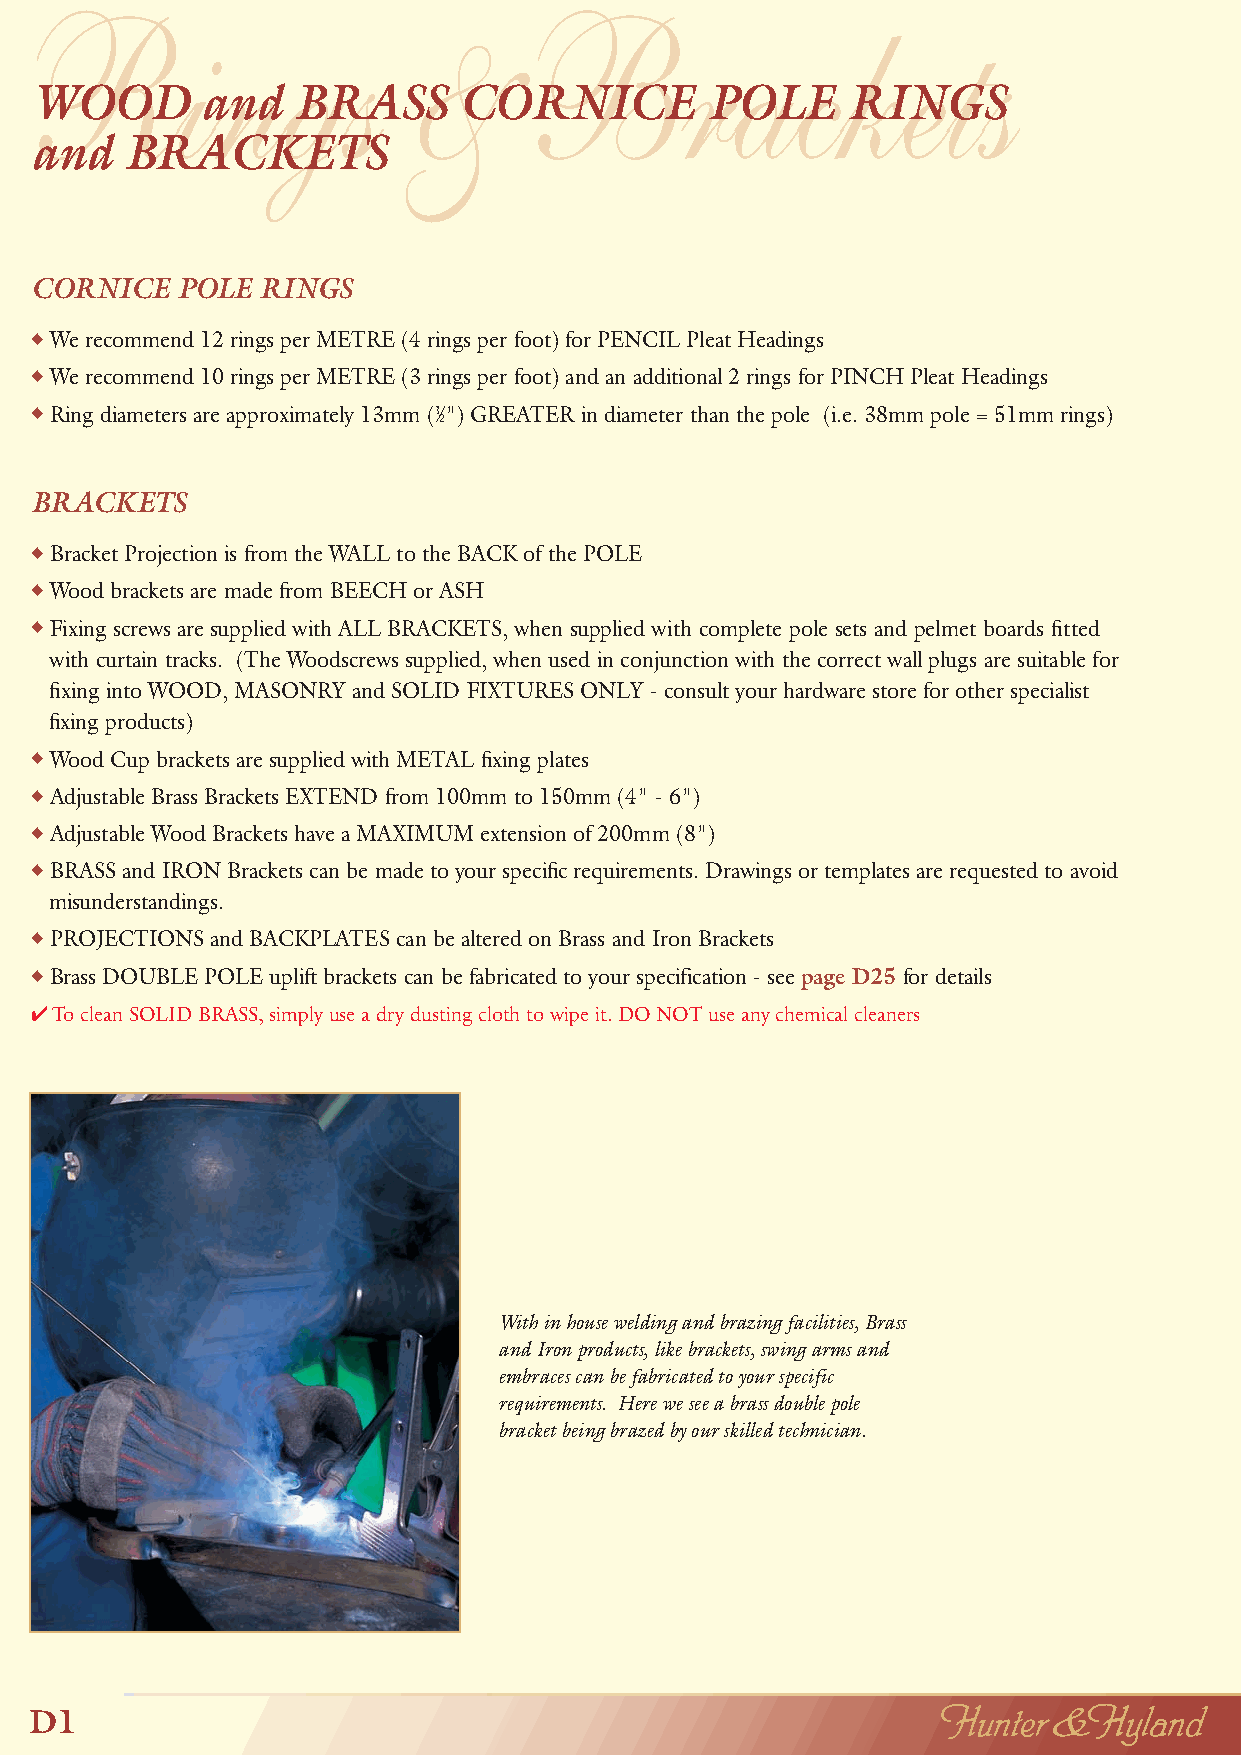
Rings                    &       Brackets
 WOOD       and    BRASS     CORNICE          POLE     RINGS
 and   BRACKETS
 CORNICE   POLE RINGS
 ◆We recommend 12 rings per METRE (4 rings per foot) for PENCIL Pleat Headings
 ◆We recommend 10 rings per METRE (3 rings per foot) and an additional 2 rings for PINCH Pleat Headings
 ◆Ring diameters are approximately 13mm (1⁄") GREATER in diameter than the pole (i.e. 38mm pole = 51mm rings)
 2
 BRACKETS
 ◆Bracket Projection is from the WALL to the BACK of the POLE
 ◆Wood brackets are made from BEECH or ASH
 ◆Fixing screws are supplied with ALL BRACKETS, when supplied with complete pole sets and pelmet boards fitted
 with curtain tracks. (The Woodscrews supplied, when used in conjunction with the correct wall plugs are suitable for
 fixing into WOOD, MASONRY and SOLID FIXTURES ONLY - consult your hardware store for other specialist
 fixing products)
 ◆Wood Cup brackets are supplied with METAL fixing plates
 ◆Adjustable Brass Brackets EXTEND from 100mm to 150mm (4" - 6")
 ◆Adjustable Wood Brackets have a MAXIMUM extension of 200mm (8")
 ◆BRASS and IRON Brackets can be made to your specific requirements. Drawings or templates are requested to avoid
 misunderstandings.
 ◆PROJECTIONS and BACKPLATES can be altered on Brass and Iron Brackets
 ◆Brass DOUBLE POLE uplift brackets can be fabricated to your specification - see page D25for details
 ✔To clean SOLID BRASS, simply use a dry dusting cloth to wipe it. DO NOT use any chemical cleaners
 With in house welding and brazing facilities, Brass
 and Iron products, like brackets, swing arms and
 embraces can be fabricated to your specific
 requirements. Here we see a brass double pole
 bracket being brazed by our skilled technician.
 D1